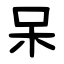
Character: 呆